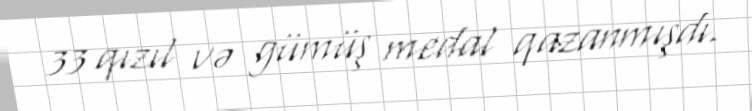
33 qızıl və gümüş medal qazanmışdı.